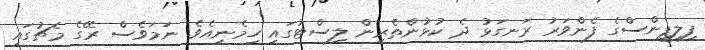
ފިލިޕީންސްގެ ފެންވަރު ރަނގަޅު ދެ ކުޅުންތެރިން ލިސްޓުގައި ހިމެނިއެވެ. ނަމަވެސް ރޭގެ މެޗުގައި